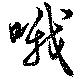
哦